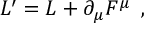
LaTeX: L ^ { \prime } = L + \partial _ { \mu } F ^ { \mu } \, \, \, ,